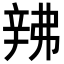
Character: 𬨙